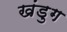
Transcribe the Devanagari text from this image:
खंडुग